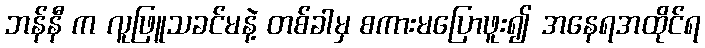
ဘန်နီ က လူဖြူသခင်မနဲ့ တစ်ခါမှ စကားမပြောဖူး၍ အနေရအထိုင်ရ